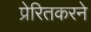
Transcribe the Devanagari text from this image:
प्रेरितकरने